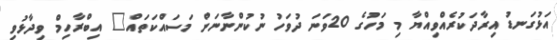
އަޅުގަނޑު އިރާދަކުރެއްވިއްޔާ މި މަހުގެ 20ވަނަ ދުވަހު ނުކުންނާނަން މަސައްކަތައް" އިބްރާހިމް ވިދާޅުވި